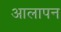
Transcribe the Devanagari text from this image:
आलापन